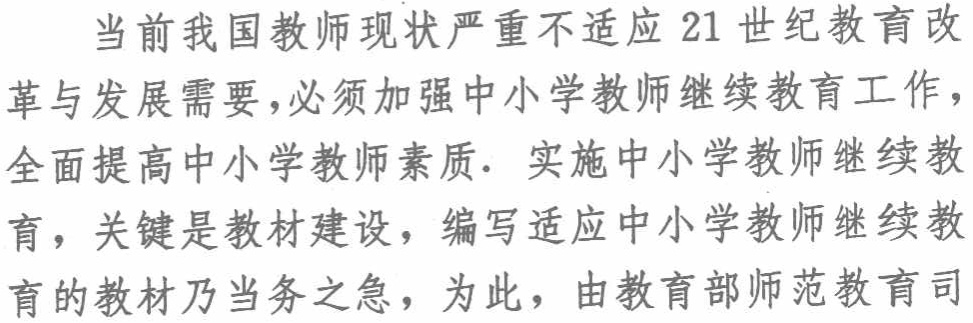
当前我国教师现状严重不适应 21 世纪教育改

革与发展需要，必须加强中小学教师继续教育工作，

全面提高中小学教师素质. 实施中小学教师继续教

育，关键是教材建设，编写适应中小学教师继续教

育的教材乃当务之急，为此，由教育部师范教育司